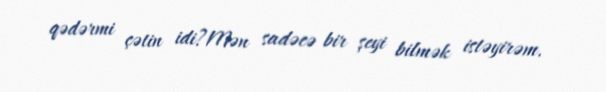
qədərmi çətin idi?Mən sadəcə bir şeyi bilmək istəyirəm.